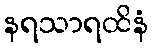
နရသာရထိနံ